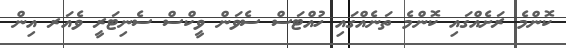
ކޮންމެ ރަށެއްގައި ކޮންމެ ތަނެއްގައި ހުއްޓަސް ސެވަން ވީކްސް ސެނިޓަރީ ވެއަރ އިން